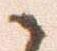
候